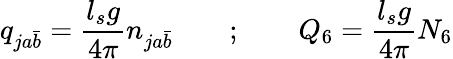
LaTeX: q_{ja\bar{b}}={\frac{l_{s}g}{4\pi}}n_{ja\bar{b}}~~~~~~~~;~~~~~~~~Q_{6}={\frac{l_{s}g}{4\pi}}N_{6}